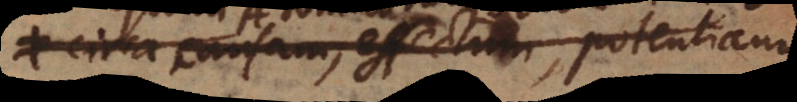
circa causam, effectum; potentiam